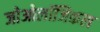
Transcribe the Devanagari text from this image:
जोओलॉजिकल